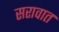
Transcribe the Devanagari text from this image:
सरावात